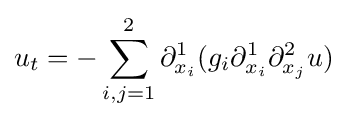
u_{t}=-\sum _{i,j=1}^{2}\partial _{x_{i}}^{1}(g_{i}\partial _{x_{i}}^{1}\partial _{x_{j}}^{2}u)